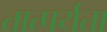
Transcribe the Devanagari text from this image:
तात्पर्यता